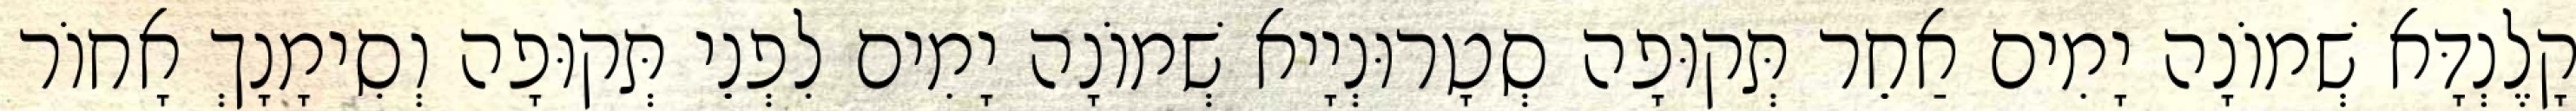
קָלֶנְדָּא שְׁמוֹנָה יָמִים אַחֵר תְּקוּפָה סְטָרוּנְיָיא שְׁמוֹנָה יָמִים לִפְנֵי תְּקוּפָה וְסִימָנָךְ אָחוֹר